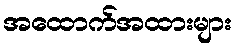
အထောက်အထားများ